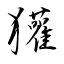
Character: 獾